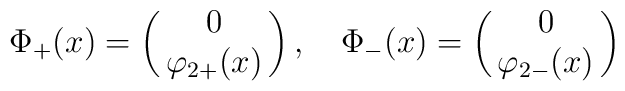
\Phi_+(x)=\pmatrix{0\cr\varphi_{2+}(x)\cr},   \quad   \Phi_-(x)=\pmatrix{0\cr\varphi_{2-}(x)\cr}